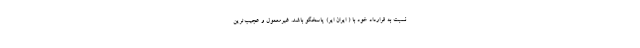
نسبت به قرارداد خود با ( ایران ایر) پاسخگو باشد. غیرمعمول و عجیب‌ترین